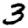
Digit: 3